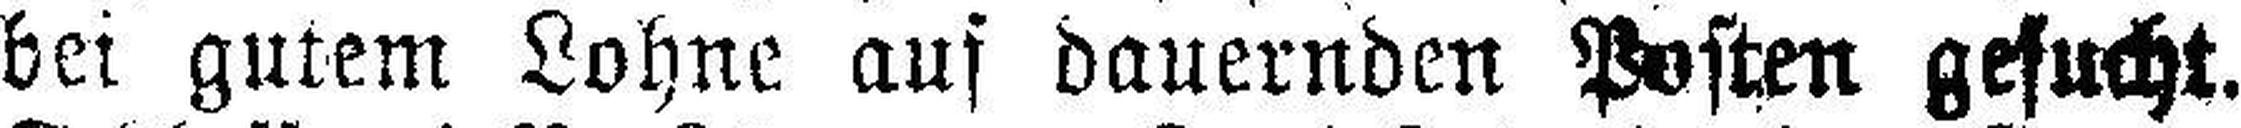
bei gutem Lohne auf dauernden Posten gesucht.